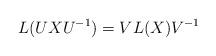
LaTeX: \begin{align*} L(UXU^{-1})=VL(X)V^{-1}\end{align*}